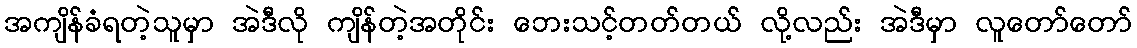
အကျိန်ခံရတဲ့သူမှာ အဲဒီလို ကျိန်တဲ့အတိုင်း ဘေးသင့်တတ်တယ် လို့လည်း အဲဒီမှာ လူတော်တော်